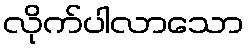
လိုက်ပါလာသော